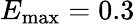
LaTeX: E_{\mathrm{max}}=0.3